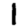
Digit: 1